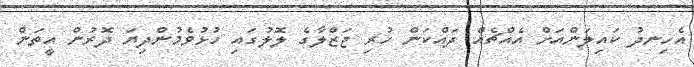
އެހިނދު ކައިލަންއަށް އެއްޗެއް ދައްކަން ހުރި ޖަޒްލާގެ ލޮލުގައި ހުޅުވެމުންދިޔަ ދޮރުން އީތަން